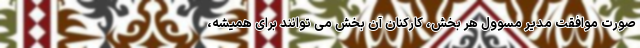
صورت موافقت مدیر مسوول هر بخش، کارکنان آن بخش می توانند برای همیشه،